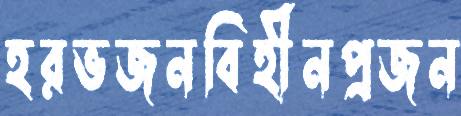
হরভজনবিহীনপ্রজন